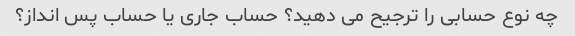
چه نوع حسابی را ترجیح می دهید؟ حساب جاری یا حساب پس انداز؟